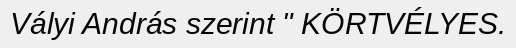
Vályi András szerint " KÖRTVÉLYES.